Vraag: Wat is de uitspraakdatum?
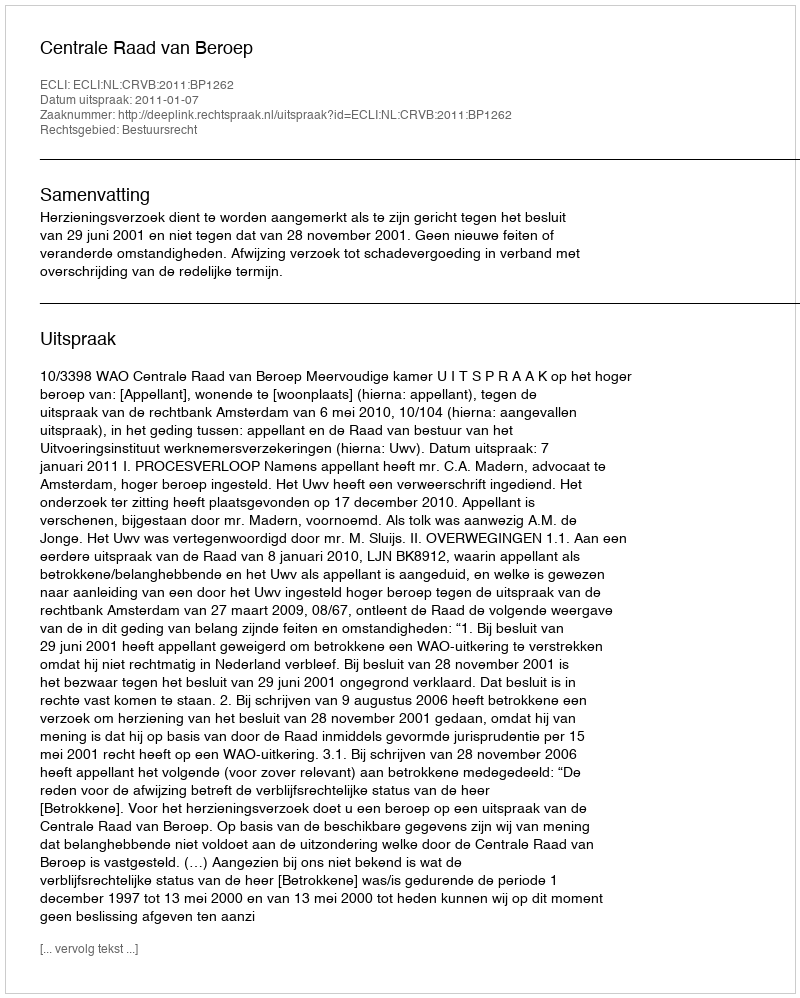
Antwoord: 2011-01-07